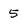
Character: 5